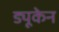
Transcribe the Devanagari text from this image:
ड्यूकेन